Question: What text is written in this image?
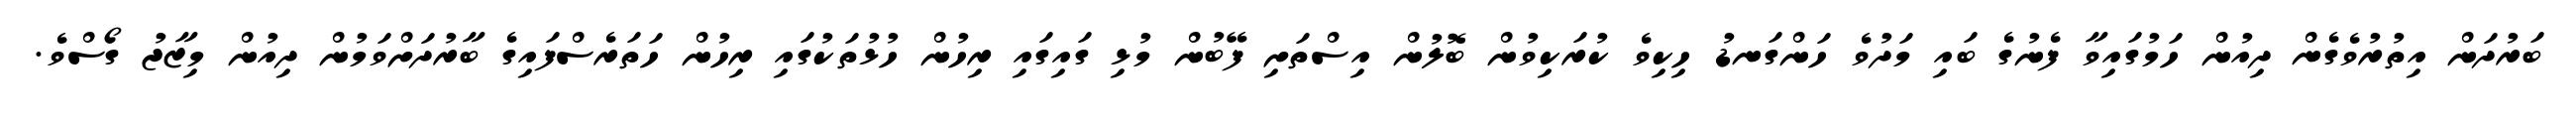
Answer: ބަރުދަން އިތުރުވެގެން ދިއުން ހަމުގައިވާ ފެނުގެ ބައި މަދުވެ ހަންގަނޑު ހިކިވެ ކުރަކިވުން ބޮލުން އިސްތަށި ފޭބުން މުޅި ގައިގައި ރިހުން ހުޅުތަކުގައި ރިހުން ހަތަރެސްފައިގެ ބާރުދަށްވަމުން ދިއުން މިޒާޖު ގޯސްވެ.